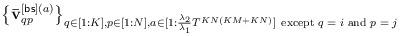
LaTeX: \begin{align*}\left\{\mathbf{\bar{v}}_{qp}^{[{\sf bs}](a)}\right\}_{q\in[1:K], p\in[1:N], a\in[1:\frac{\lambda_2}{\lambda_1}T^{KN(KM+KN)}]~\textrm{except $q=i$ and $p=j$}}\end{align*}